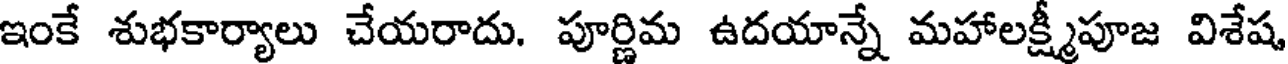
ఇంకే శుభకార్యాలు చేయరాదు. పూర్ణిమ ఉదయాన్నే మహాలక్ష్మీపూజ విశేష